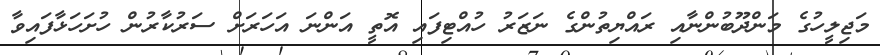
މަޖިލީހުގެ މަންދޫބުންނާއި ރައްޔިތުންގެ ނަޒަރު ހުއްޓިފައި އޮތީ އަންނަ އަހަރަށް ސަރުކާރުން ހުށަހަޅާފައިވާ